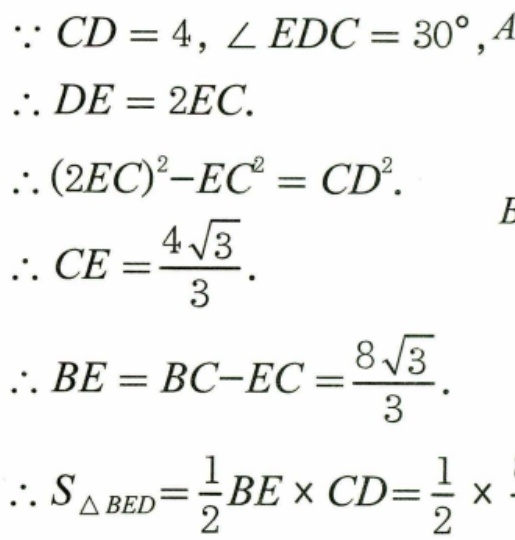
$\because CD = 4,\angle EDC = 30^{\circ},A$
$\therefore DE = 2EC.$
$\therefore(2EC)^{2}-EC^{2}=CD^{2}.$
$\therefore CE=\dfrac{4\sqrt{3}}{3}.$
$\therefore BE = BC - EC=\dfrac{8\sqrt{3}}{3}.$
$\therefore S_{\triangle BED}=\dfrac{1}{2}BE\times CD=\dfrac{1}{2}\times.$